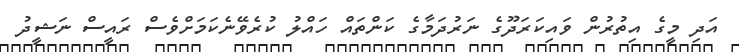
އަދި މީގެ އިތުރުން ވައިކަރަދޫގެ ނަރުދަމާގެ ކަންތައް ހައްލު ކުރެވޭނެކަމަށްވެސް ރައީސް ނަޝީދު